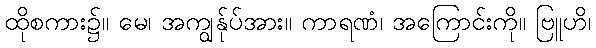
ထိုစကား၌။ မေ၊ အကျွန်ုပ်အား။ ကာရဏံ၊ အကြောင်းကို။ ဗြူဟိ၊